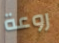
روعة